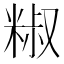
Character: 𥺱